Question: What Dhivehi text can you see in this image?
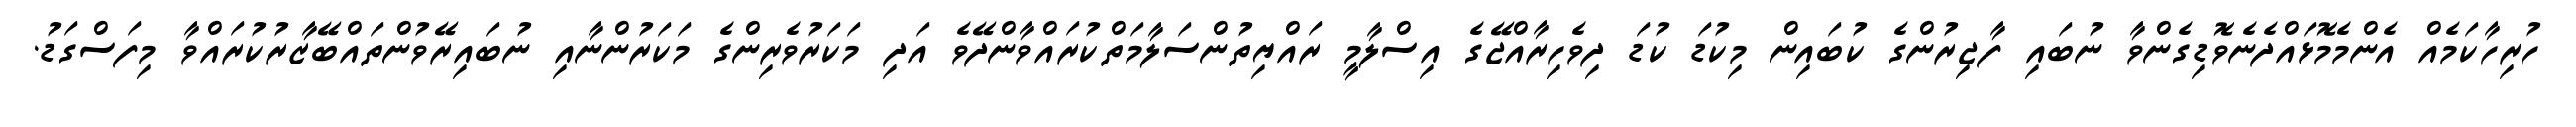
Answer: ހުރިހާކަމެއް އެންމެމޮޅައްދެނެވޮޑިގެންވާ ނުބައި ފާޖިރުންގެ ކުބައިން މިކުޑަ ކުޑަ ދިވެހިރާއްޖޭގެ އިސްލާމީ ރައްޔިތުންސަލާމަތްކުރައްވާންދޭވެ އަދި މަކަރުވެރިންގެ މަކަރުންނާއި ނުބައިރޭވުންތައްބޭޒާރުކުރައްވާ މިފަސްގަޑު.